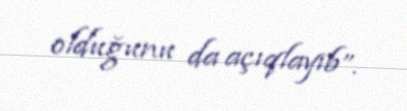
olduğunu da açıqlayıb”.